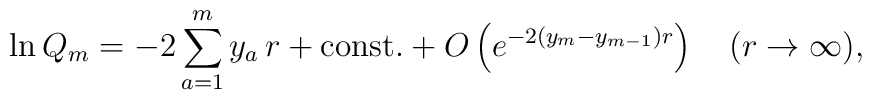
\ln Q_m = -2\sum_{a=1}^{m}y_a\,r + \mbox{const.}+ O\left(e^{-2(y_{m}-y_{m-1})r}\right)\quad(r\to\infty) ,